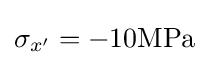
\sigma _{x'}=-10{\textrm {MPa}}